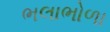
ભલાભોળા